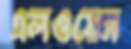
এলওয়েস